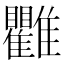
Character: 𩁯